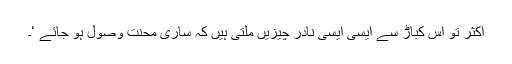
اکثر تو اس کباڑ سے ایسی ایسی نادر چیزیں ملتی ہیں کہ ساری محنت وصول ہو جائے ‘۔